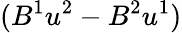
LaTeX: (B^{1}u^{2}-B^{2}u^{1})